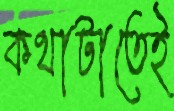
কথাটাতেই